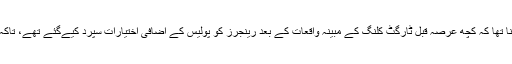
ایک سوال کے جواب میں، صوبائی مشیرِ داخلہ کا کہنا تھا کہ کچھ عرصہ قبل ٹارگٹ کلنگ کے مبینہ واقعات کے بعد رینجرز کو پولیس کے اضافی اختیارات سپرد کیےگئے تھے، تاکہ وہ مجرموں کے خلاف تحقیقات اور کارروائی کریں۔